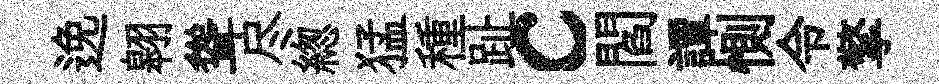
𨓜翱聳尽緫猛種趾c閻譚惻令擎